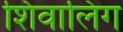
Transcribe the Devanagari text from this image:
शिवालिंग